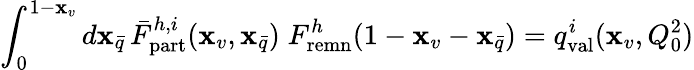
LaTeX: \int_{0}^{1-\mathbf{x}_{v}}d\mathbf{x}_{\bar{{q}}}\, \bar{{F}}_{\mathrm{{part}}}^{h,i}(\mathbf{x}_{v},\mathbf{x}_{\bar{{q}}})\; F_{\mathrm{{remn}}}^{h}\! \left(1-\mathbf{x}_{v}-\mathbf{x}_{\bar{{q}}}\right)=q_{\mathrm{{val}}}^{i}(\mathbf{x}_{v},Q_{0}^{2})